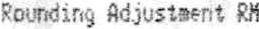
ROUNDING ADJUSTMENT RM